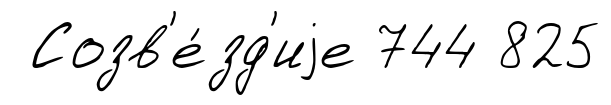
Созв'е́зд'иjе 744 825